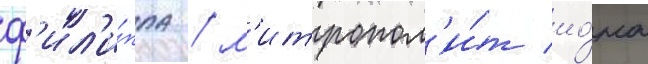
ф'ил'и́ппа / м'итропол'и́т ио́на